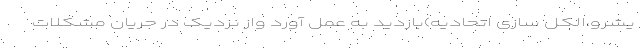
یشرو،الکل سازی اتحادیه)بازدید به عمل آورد واز نزدیک در جریان مشکلات